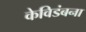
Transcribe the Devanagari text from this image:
केविडंबना